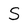
Character: S